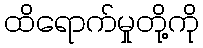
ထိရောက်မှုတို့ကို